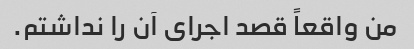
من واقعاً قصد اجرای آن را نداشتم.